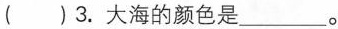
( )3.大海的颜色是___。